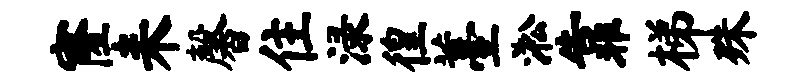
窿耒馨住渌徨薹淞靠梯殊